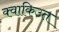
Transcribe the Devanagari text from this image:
क्वाकिउत